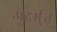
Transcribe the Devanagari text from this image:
अदर्भुत